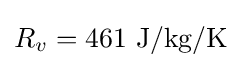
R_{v}=461{\text{ J/kg/K}}